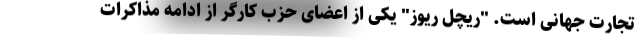
تجارت جهانی است. "ریچل ریوز" یکی از اعضای حزب کارگر از ادامه مذاکرات